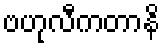
ဗဟုလီကတာနိ